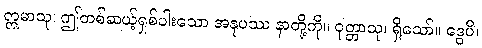
ဣမာသု၊ ဤတစ်ဆယ့်ရှစ်ပါးသော အနုပဿ နာတို့ကို။ ဝုတ္တာသု၊ ရှိသော်။ ဒွေပိ၊